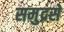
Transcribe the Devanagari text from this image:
समुद्रसे